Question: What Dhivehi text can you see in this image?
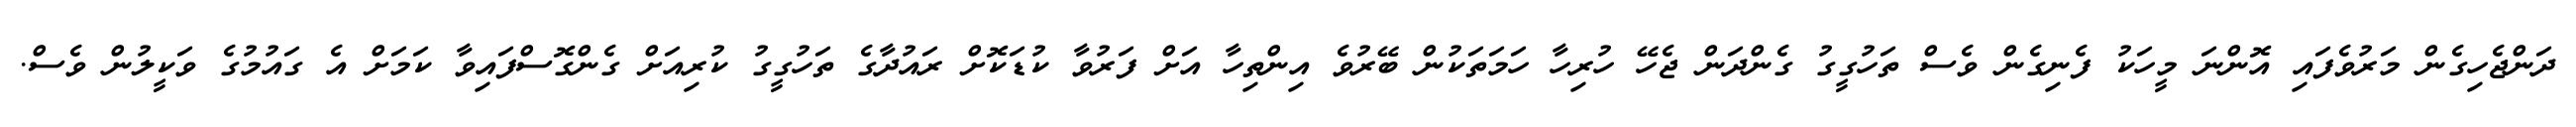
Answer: ދަންޖެހިގެން މަރުވެފައި އޮންނަ މީހަކު ފެނިގެން ވެސް ތަހުގީގު ގެންދަން ޖެހޭ ހުރިހާ ހަމަތަކުން ބޭރުވެ އިންތިހާ އަށް ފަރުވާ ކުޑަކޮށް ރައުދާގެ ތަހުގީގު ކުރިއަށް ގެންގޮސްފައިވާ ކަމަށް އެ ގައުމުގެ ވަކީލުން ވެސް.